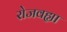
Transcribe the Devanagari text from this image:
रोजवह्या